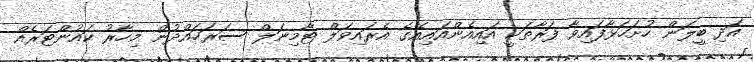
އަދި ބީލަން ހުށަހަޅާފައިވާ ފަރާތަކީ އައިއެންއައިއޭގެ އެރައިވަލް ޓާމިނަލް ސަރަހައްދުން މިހާރު ކައުންޓަރެއް